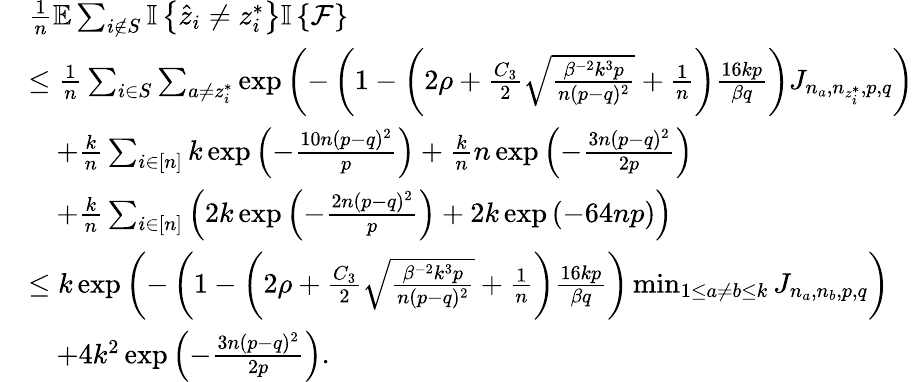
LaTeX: \begin{array}{rl}&{\frac{1}{n}\mathbb{E}\sum_{i\notin S}{\mathbb{I}\left\{ {\hat{z}_{i}\neq z_{i}^{*}}\right\} }{\mathbb{I}\left\{ {\mathcal{F}}\right\} }}\\ &{\leq\frac{1}{n}\sum_{i\in S}\sum_{a\neq z_{i}^{*}}\exp\left(-\left(1-\left(2\rho+\frac{C_{3}}{2}\sqrt{\frac{\beta^{-2}k^{3}p}{n(p-q)^{2}}}+\frac{1}{n}\right)\frac{16kp}{\beta q}\right)J_{n_{a},n_{z_{i}^{*}},p,q}\right)}\\ &{\quad+\frac{k}{n}\sum_{i\in[n]}k\exp\left(-\frac{10n(p-q)^{2}}{p}\right)+\frac{k}{n}n\exp\left(-\frac{3n(p-q)^{2}}{2p}\right)}\\ &{\quad+\frac{k}{n}\sum_{i\in[n]}\left(2k\exp\left(-\frac{2n(p-q)^{2}}{p}\right)+2k\exp\left(-64np\right)\right)}\\ &{\leq k\exp\left(-\left(1-\left(2\rho+\frac{C_{3}}{2}\sqrt{\frac{\beta^{-2}k^{3}p}{n(p-q)^{2}}}+\frac{1}{n}\right)\frac{16kp}{\beta q}\right)\operatorname*{min}_{1\leq a\neq b\leq k}J_{n_{a},n_{b},p,q}\right)}\\ &{\quad+4k^{2}\exp\left(-\frac{3n(p-q)^{2}}{2p}\right).}\end{array}